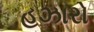
હઝારો